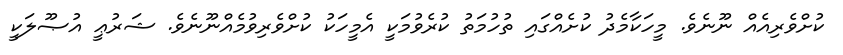
ކުށްވެރިއެއް ނޫނެވެ. މީހަކާމެދު ކުށެއްގައި ތުހުމަތު ކުރެވުމަކީ އެމީހަކު ކުށްވެރިވުމެއްނޫނެވެ. ޝަރުޢީ އުޞޫލަކީ